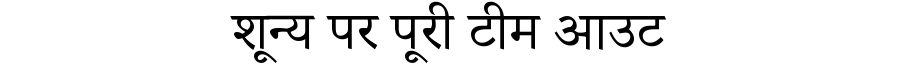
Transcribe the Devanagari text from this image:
शून्य पर पूरी टीम आउट